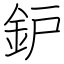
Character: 鈩